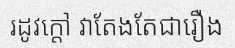
រដូវក្តៅ វាតែងតែជារឿង